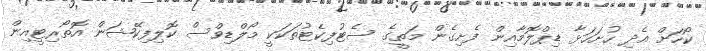
ކޯހަށް އެދި ހުށަހަޅާ ޑިޕްލޮމާއިން ފެށިގެން މަތީގެ ސެޓުފިކެޓުތަކަކީ މޯލްޑިވްސް ކޮލިފިކޭޝަން އޮތޯރިޓީއިން